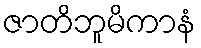
ဇာတိဘူမိကာနံ